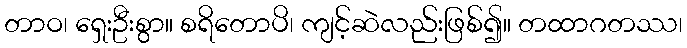
တာဝ၊ ရှေးဦးစွာ။ စရိတောပိ၊ ကျင့်ဆဲလည်းဖြစ်၍။ တထာဂတဿ၊